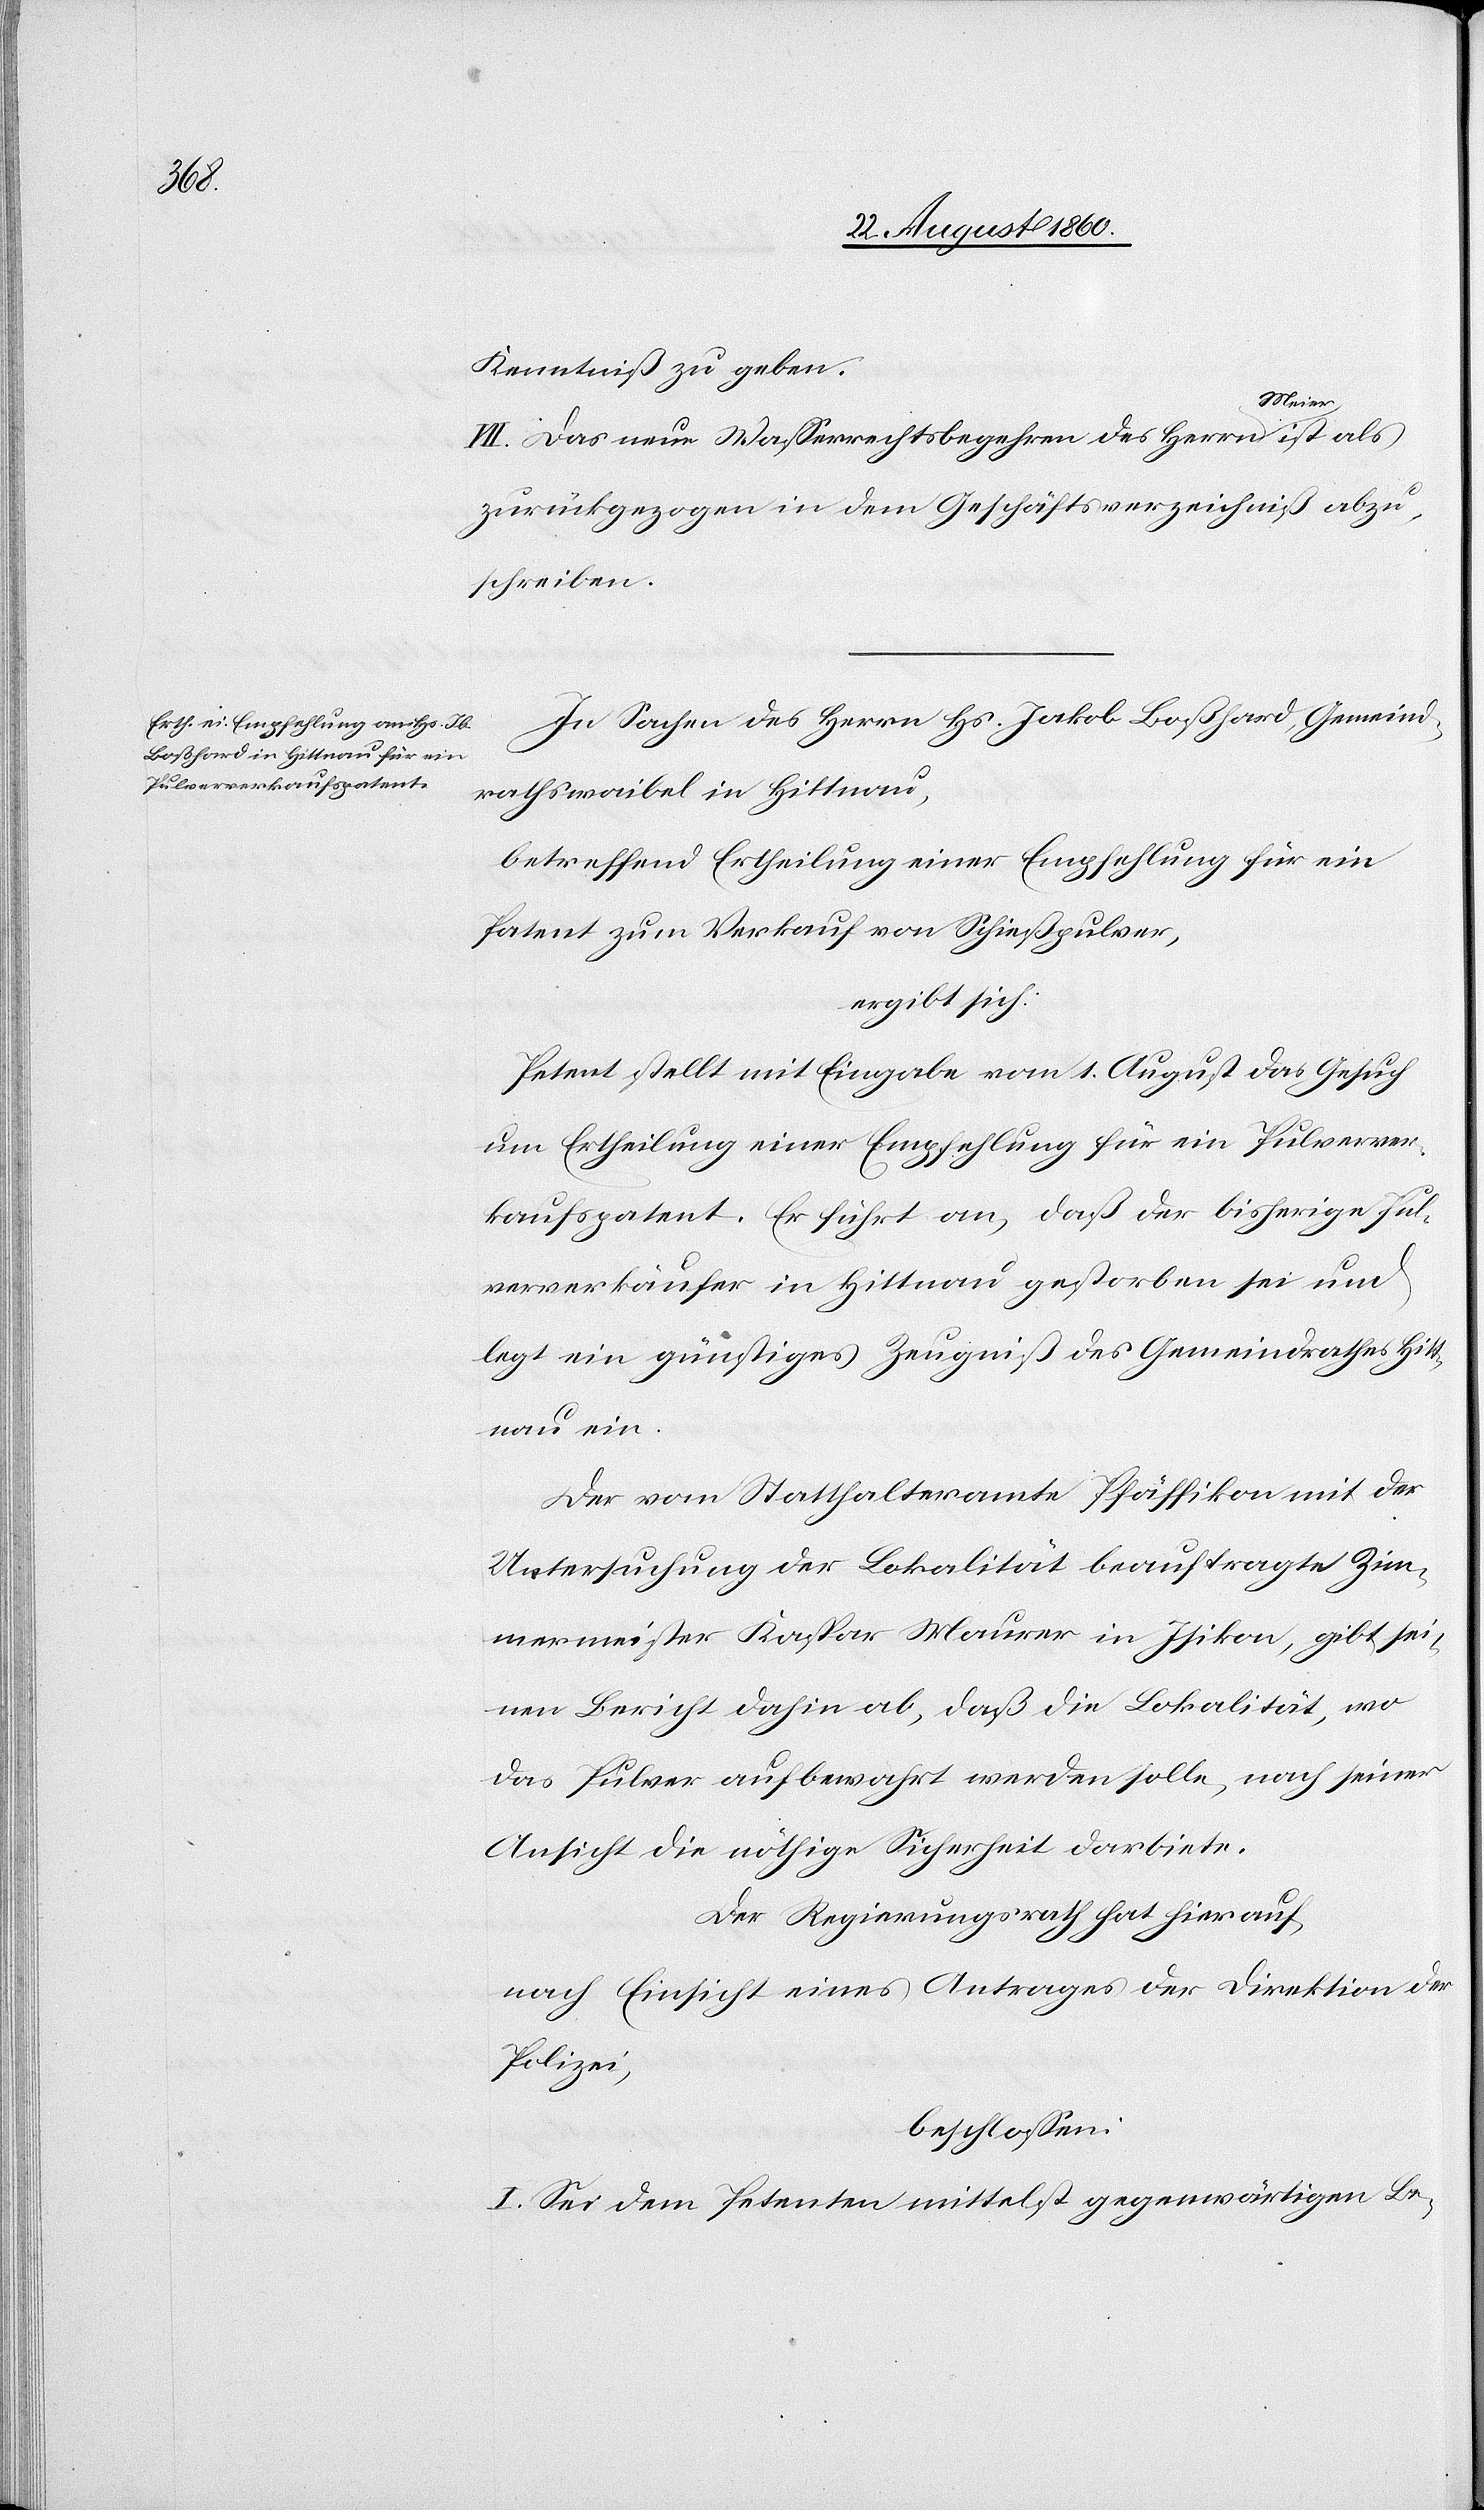
Kenntniss zu geben.
VII. Das neue Wasserrechtsbegehren des Hrn. Meier ist als
zurückgezogen in dem Geschäftsverzeichniss abzu¬
schreiben.
In Sachen des Herrn Hs. Jakob Bosshard [sic!], Gemeind¬
rathsweibel, in Hittnau,
betreffend Ertheilung einer Empfehlung für ein
Patent zum Verkauf von Schiesspulver
ergibt sich:
Petent stellt mit Eingabe vom 1. August das Gesuch
um Ertheilung einer Empfehlung für ein Pulverver¬
kaufspatent. Er führt an, dass der bisherige Pul¬
ververkäufer in Hittnau gestorben sei und
legt ein günstiges Zeugniss des Gemeindrathes Hit¬
tnau ein.
Der vom Statthalteramte Pfäffikon mit der
Untersuchung der Lokalität beauftragte Zim¬
mermeister Kaspar Maurer in Isikon, gibt sei¬
nen Bericht dahin ab, dass die Lokalität, wo
das Pulver aufbewahrt werden solle, nach seiner
Ansicht die nöthige Sicherheit darbiete.
Der Regierungsrath hat hierauf,
nach Einsicht eines Antrages der Direktion der
Polizei,
beschlossen:
I. Sei dem Petenten mittelst gegenwärtigen Be-